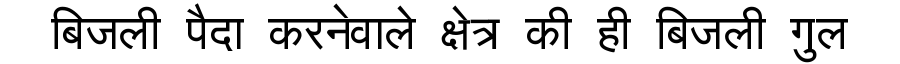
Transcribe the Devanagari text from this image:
बिजली पैदा करनेवाले क्षेत्र की ही बिजली गुल